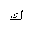
Letter: _kaf